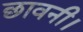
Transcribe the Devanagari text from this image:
छावनी।